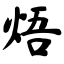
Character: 焐